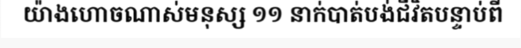
យ៉ាងហោចណាស់មនុស្ស ១១ នាក់បាត់បង់ជីវិតបន្ទាប់ពី